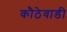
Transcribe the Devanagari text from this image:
कौठेवाडी